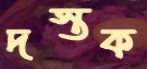
দস্তক